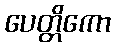
ပေတ္တိကော